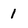
Character: 1